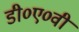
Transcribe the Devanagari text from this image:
डी०ए०वी